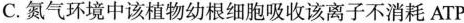
C. 氮气环境中该植物幼根细胞吸收该离子不消耗ATP